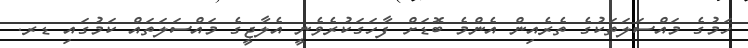
ހަމުގެ މައްސަލަތަކުގެ ތެރެއިން އެންމެ ބޮޑަށް ފާހަަގަކުރެވެނީ އެލާޖީގެ މައްސަލަތައް ކަމުގައި ޑރ.